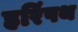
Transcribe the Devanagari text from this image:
हरिंपथ